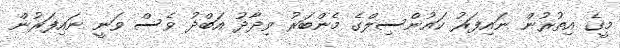
މީގެ އިތުރުން ނައިފަރު ކައުންސިލްގެ މެންބަރު ވިދާދު އަބްދު ވެސް ވަނީ ނައިފަރުން